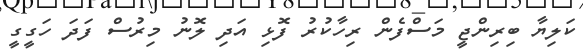
ކަލިޔާ ބިރިންޖީ މަސްފެން ރިހާކުރު ފޮޅި އަދި ލޮނު މިރުސް ފަދަ ހަގީގީ